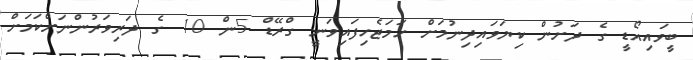
ބީވައިއޯޑީ ގެ ދަށުން ކިޔަވައިދިނުމަށް ހަމަޖެހިފައިވަނީ ގްރޭޑް 5ން 10 ގެ ދަރިވަރުންނަށްކަމަށް